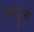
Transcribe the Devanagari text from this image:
बिदुओ